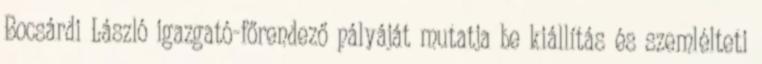
Bocsárdi László igazgató-főrendező pályáját mutatja be kiállítás és szemlélteti